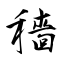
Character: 穡